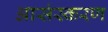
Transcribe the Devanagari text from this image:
आसंस्करण